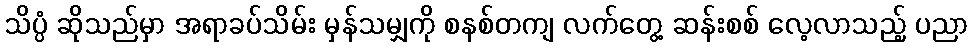
သိပ္ပံ ဆိုသည်မှာ အရာခပ်သိမ်း မှန်သမျှကို စနစ်တကျ လက်တွေ့ ဆန်းစစ် လေ့လာသည့် ပညာ